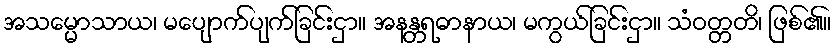
အသမ္မောသာယ၊ မပျောက်ပျက်ခြင်းငှာ။ အနန္တရဓာနာယ၊ မကွယ်ခြင်းငှာ။ သံဝတ္တတိ၊ ဖြစ်၏။